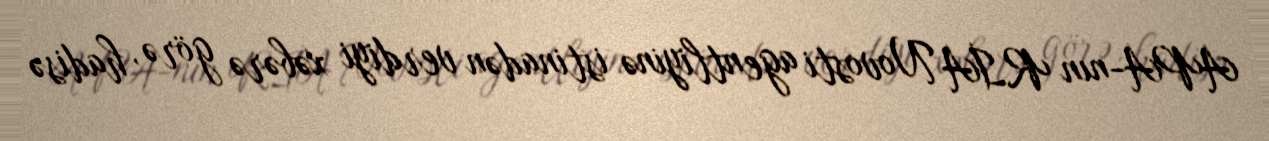
APA-nın RİA Novosti agentliyinə istinadən verdiyi xəbərə görə, hadisə